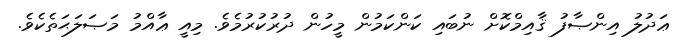
ޢަދުލު އިންޞާފު ޤާއިމްކޮށް ނުބައި ކަންކަމުން މީހުން ދުރުކުރުމެވެ. މިއީ ޢާއްމު މަޞަލަޙަތެކެވެ.